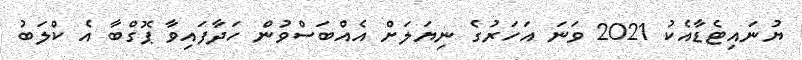
ޔުނައިޓެޑާއެކު 2021 ވަނަ އަހަރުގެ ނިޔަލަށް އެއްބަސްވުން ހަދާފައިވާ ޕޮގްބާ އެ ކްލަބު